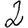
Digit: 2